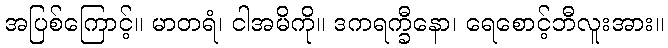
အပြစ်ကြောင့်။ မာတရံ၊ ငါအမိကို။ ဒကရက္ခီနော၊ ရေစောင့်ဘီလူးအား။